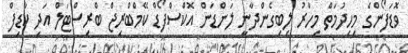
ވޮޑަފޯންގެ މިހިދުމަތް މިހާރު ލިބިގެންދާނީ ލަންޑަން އޮކްސްފޯޑް ކޭމްބްރިޖް ބްރިސްޓަލް އަދި ކާޑިފް